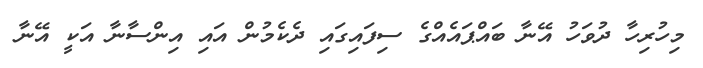
މިހުރިހާ ދުވަހު އޭނާ ބައްޕައެއްގެ ސިފައިގައި ދެކެމުން އައި އިންސާނާ އަކީ އޭނާ